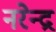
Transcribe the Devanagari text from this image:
नरेेन्द्र